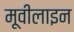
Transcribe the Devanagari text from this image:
मूवीलाइन